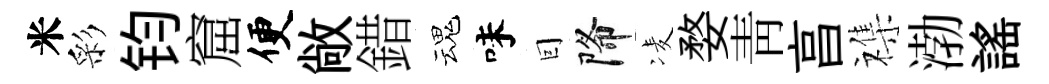
米彩钧窟便敞錯魂味囙降凌婺靑亯襍渤謡